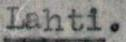
Lahti.